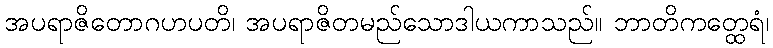
အပရာဇိတောဂဟပတိ၊ အပရာဇိတမည်သောဒါယကာသည်။ ဘာတိကတ္ထေရံ၊